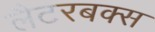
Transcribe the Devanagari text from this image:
लैटरबक्स